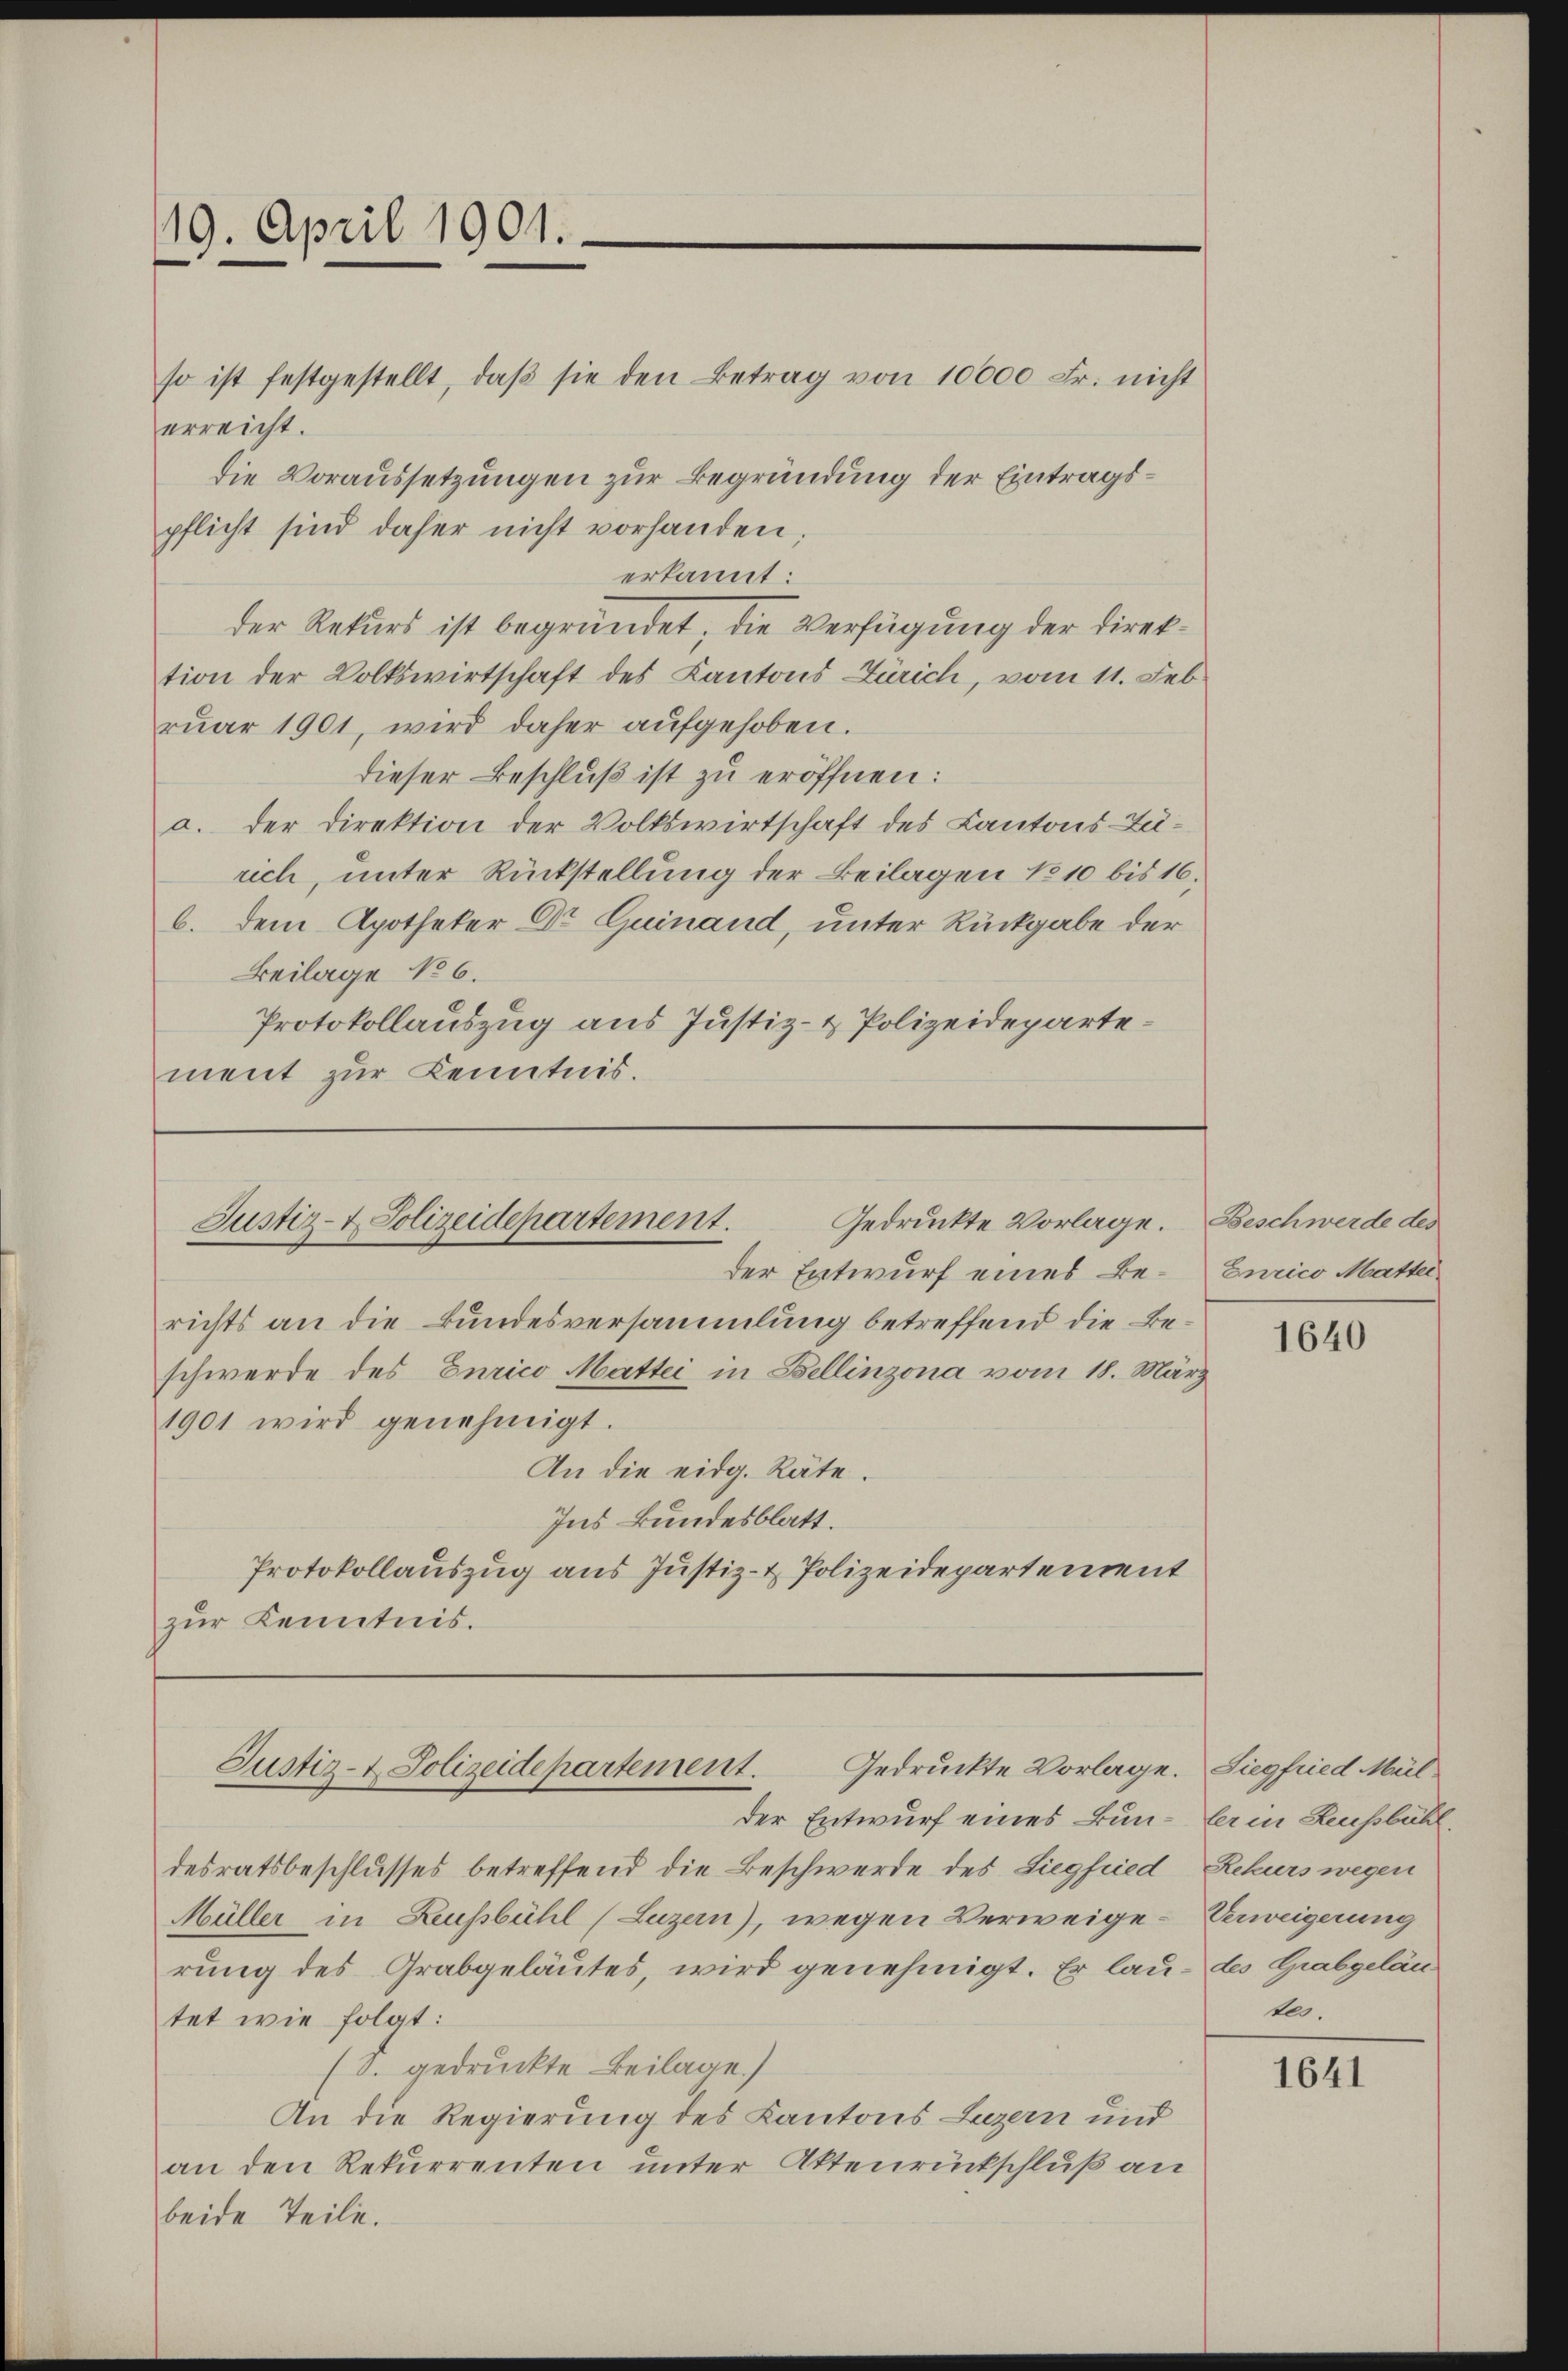
19. April 1901.

Gedruckte Vorlage.
Justiz- & Polizeidepartement.
der Entwurf eines Berichts an die Bundesversammlung betreffend die Be¬

so ist festgestellt, daβ sie den Betrag von 10000 Fr. nicht
erreicht.
die Voraussetzungen zur Begründung der Eintragspflicht sind daher nicht vorhanden;
erkannt:
der Rekurs ist begründet, die Verfügung der Direktion der Volkswirtschaft des Kantons Zürich, vom 11. Feb
ruar 1901, wird daher aufgehoben.
dieser Beschluß ist zu eröffnen:
a. der Direktion der Volkswirtschaft des Cantons Zurich, unter Rückstellung der Beilagen No 10 bis 16.
b. dem Apotheker Dr. Quinand, unter Rückgabe der
Beilage No 6.
Protokollauszug aus Justiz- & Polizeidepartement zur Kenntnis.

schwerde des Eurico Mattei in Bellinzona vom 18. März
1901 wird genehmigt.
An die eidg. Räte.
Ins Bundesblatt.
Protokollauszug aus Justiz- & Polizeidepartement
zŭr Kenntnis.

Gedruckte Vorlage.
Justiz- & Polizeidepartement.

der Entwurf eines Bun- Er in Leusbühl,
desratsbeschlusses betreffend die Beschwerde des Siegfried, Rekurs wegen
Müller in Leussbühl (Luzern), wegen Verweigerung des Grabgeläutes, wird genehmigt. Er lautet wie folgt:
(S. gedruckte Beilage)
An die Regierung des Kantons Luzern und
an den Rekurrenten unter Aktenrückschluß an
beide Teile.

Beschwerde des
Eurico Matter

1640

Siegfried Mül
Verweigerung
des Grabgeläu
te.

1641